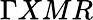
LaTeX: \Gamma XMR